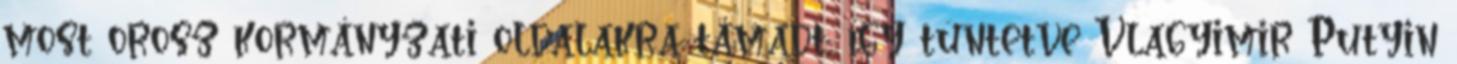
most orosz kormányzati oldalakra támadt, így tüntetve Vlagyimir Putyin